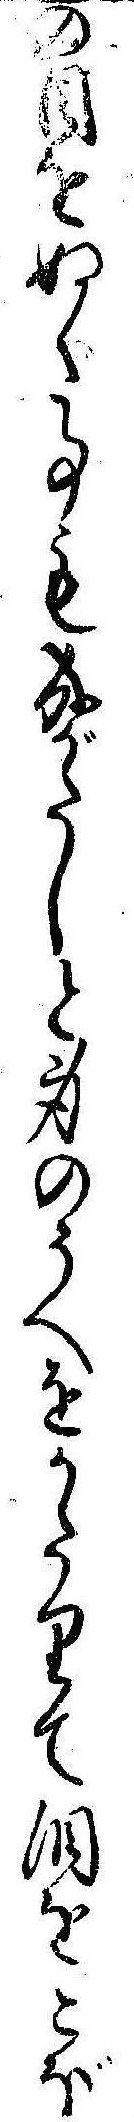
の目をぬく事も成がたしと身のうへをかたりて涙をこぼ